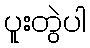
ပူးတွဲပါ